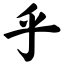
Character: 乎